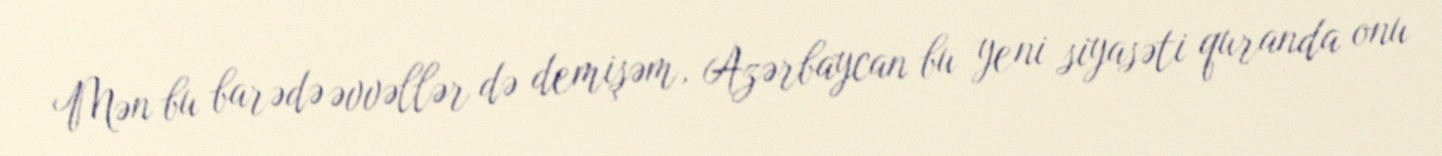
Mən bu barədə əvvəllər də demişəm, Azərbaycan bu yeni siyasəti quranda onu